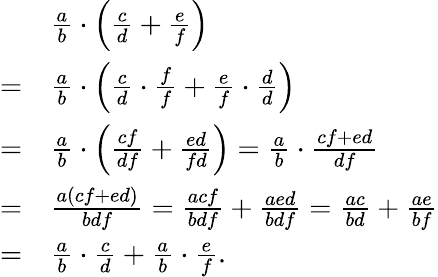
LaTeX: {\begin{array}{rl}&{{\frac{a}{b}}\cdot\left({\frac{c}{d}}+{\frac{e}{f}}\right)}\\ {=}&{{\frac{a}{b}}\cdot\left({\frac{c}{d}}\cdot{\frac{f}{f}}+{\frac{e}{f}}\cdot{\frac{d}{d}}\right)}\\ {=}&{{\frac{a}{b}}\cdot\left({\frac{cf}{df}}+{\frac{ed}{fd}}\right)={\frac{a}{b}}\cdot{\frac{cf+ed}{df}}}\\ {=}&{{\frac{a(cf+ed)}{bdf}}={\frac{acf}{bdf}}+{\frac{aed}{bdf}}={\frac{ac}{bd}}+{\frac{ae}{bf}}}\\ {=}&{{\frac{a}{b}}\cdot{\frac{c}{d}}+{\frac{a}{b}}\cdot{\frac{e}{f}}.}\end{array}}